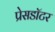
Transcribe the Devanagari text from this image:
प्रेसडॉटर